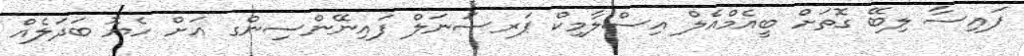
ފައިސާ ލިބޭ ގޮތަށް ބީއެމްއެލް އިސްލާމިކް ޕަރސަނަލް ފައިނޭންސިންގ އަށް ހެޔޮ ބަދަލެއް